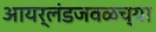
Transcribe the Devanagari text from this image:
आयर्लंडजवळच्या